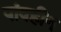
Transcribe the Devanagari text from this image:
पांवहीन